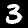
Digit: 3